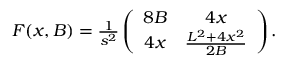
\begin{array} { r } { F ( x , B ) = \frac 1 { s ^ { 2 } } \left( \begin{array} { c c } { 8 B } & { 4 x } \\ { 4 x } & { \frac { L ^ { 2 } + 4 x ^ { 2 } } { 2 B } } \end{array} \right) . } \end{array}